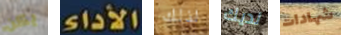
يكن الأداء لذلك لديك شهادات